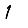
Digit: 1